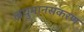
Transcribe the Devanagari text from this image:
लघुमानसकरण